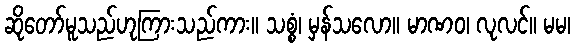
ဆိုတော်မူသည်ဟုကြားသည်ကား။ သစ္စံ၊ မှန်သလော။ မာဏဝ၊ လုလင်။ မမ၊